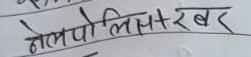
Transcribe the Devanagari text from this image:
मेलपोलिमर